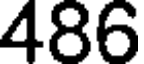
486